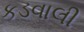
કડવાલી